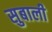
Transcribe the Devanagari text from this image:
सुबाली